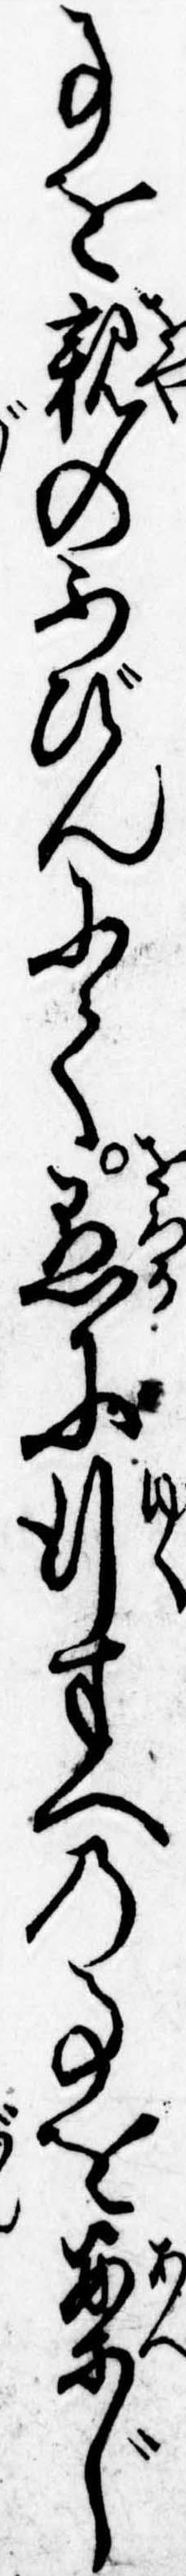
事を親のふびんにて愚に行すへの事を案じ